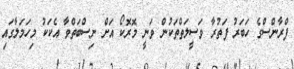
ފްރާންސްގެ ހަބަރު ފަތުރާ ވަސީލަތްތަކުން ވަނީ މޮރޮކޯ އަށް ނިސްބަތްވާ އެކަކު މިހަމަލާގައި